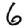
Digit: 6